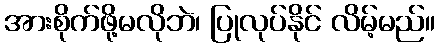
အားစိုက်ဖို့မလိုဘဲ၊ ပြုလုပ်နိုင် လိမ့်မည်။